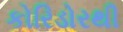
કોરિડોરથી